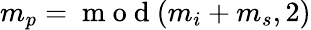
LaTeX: m_{p}=\mathrm{~m~o~d~}(m_{i}+m_{s},2)